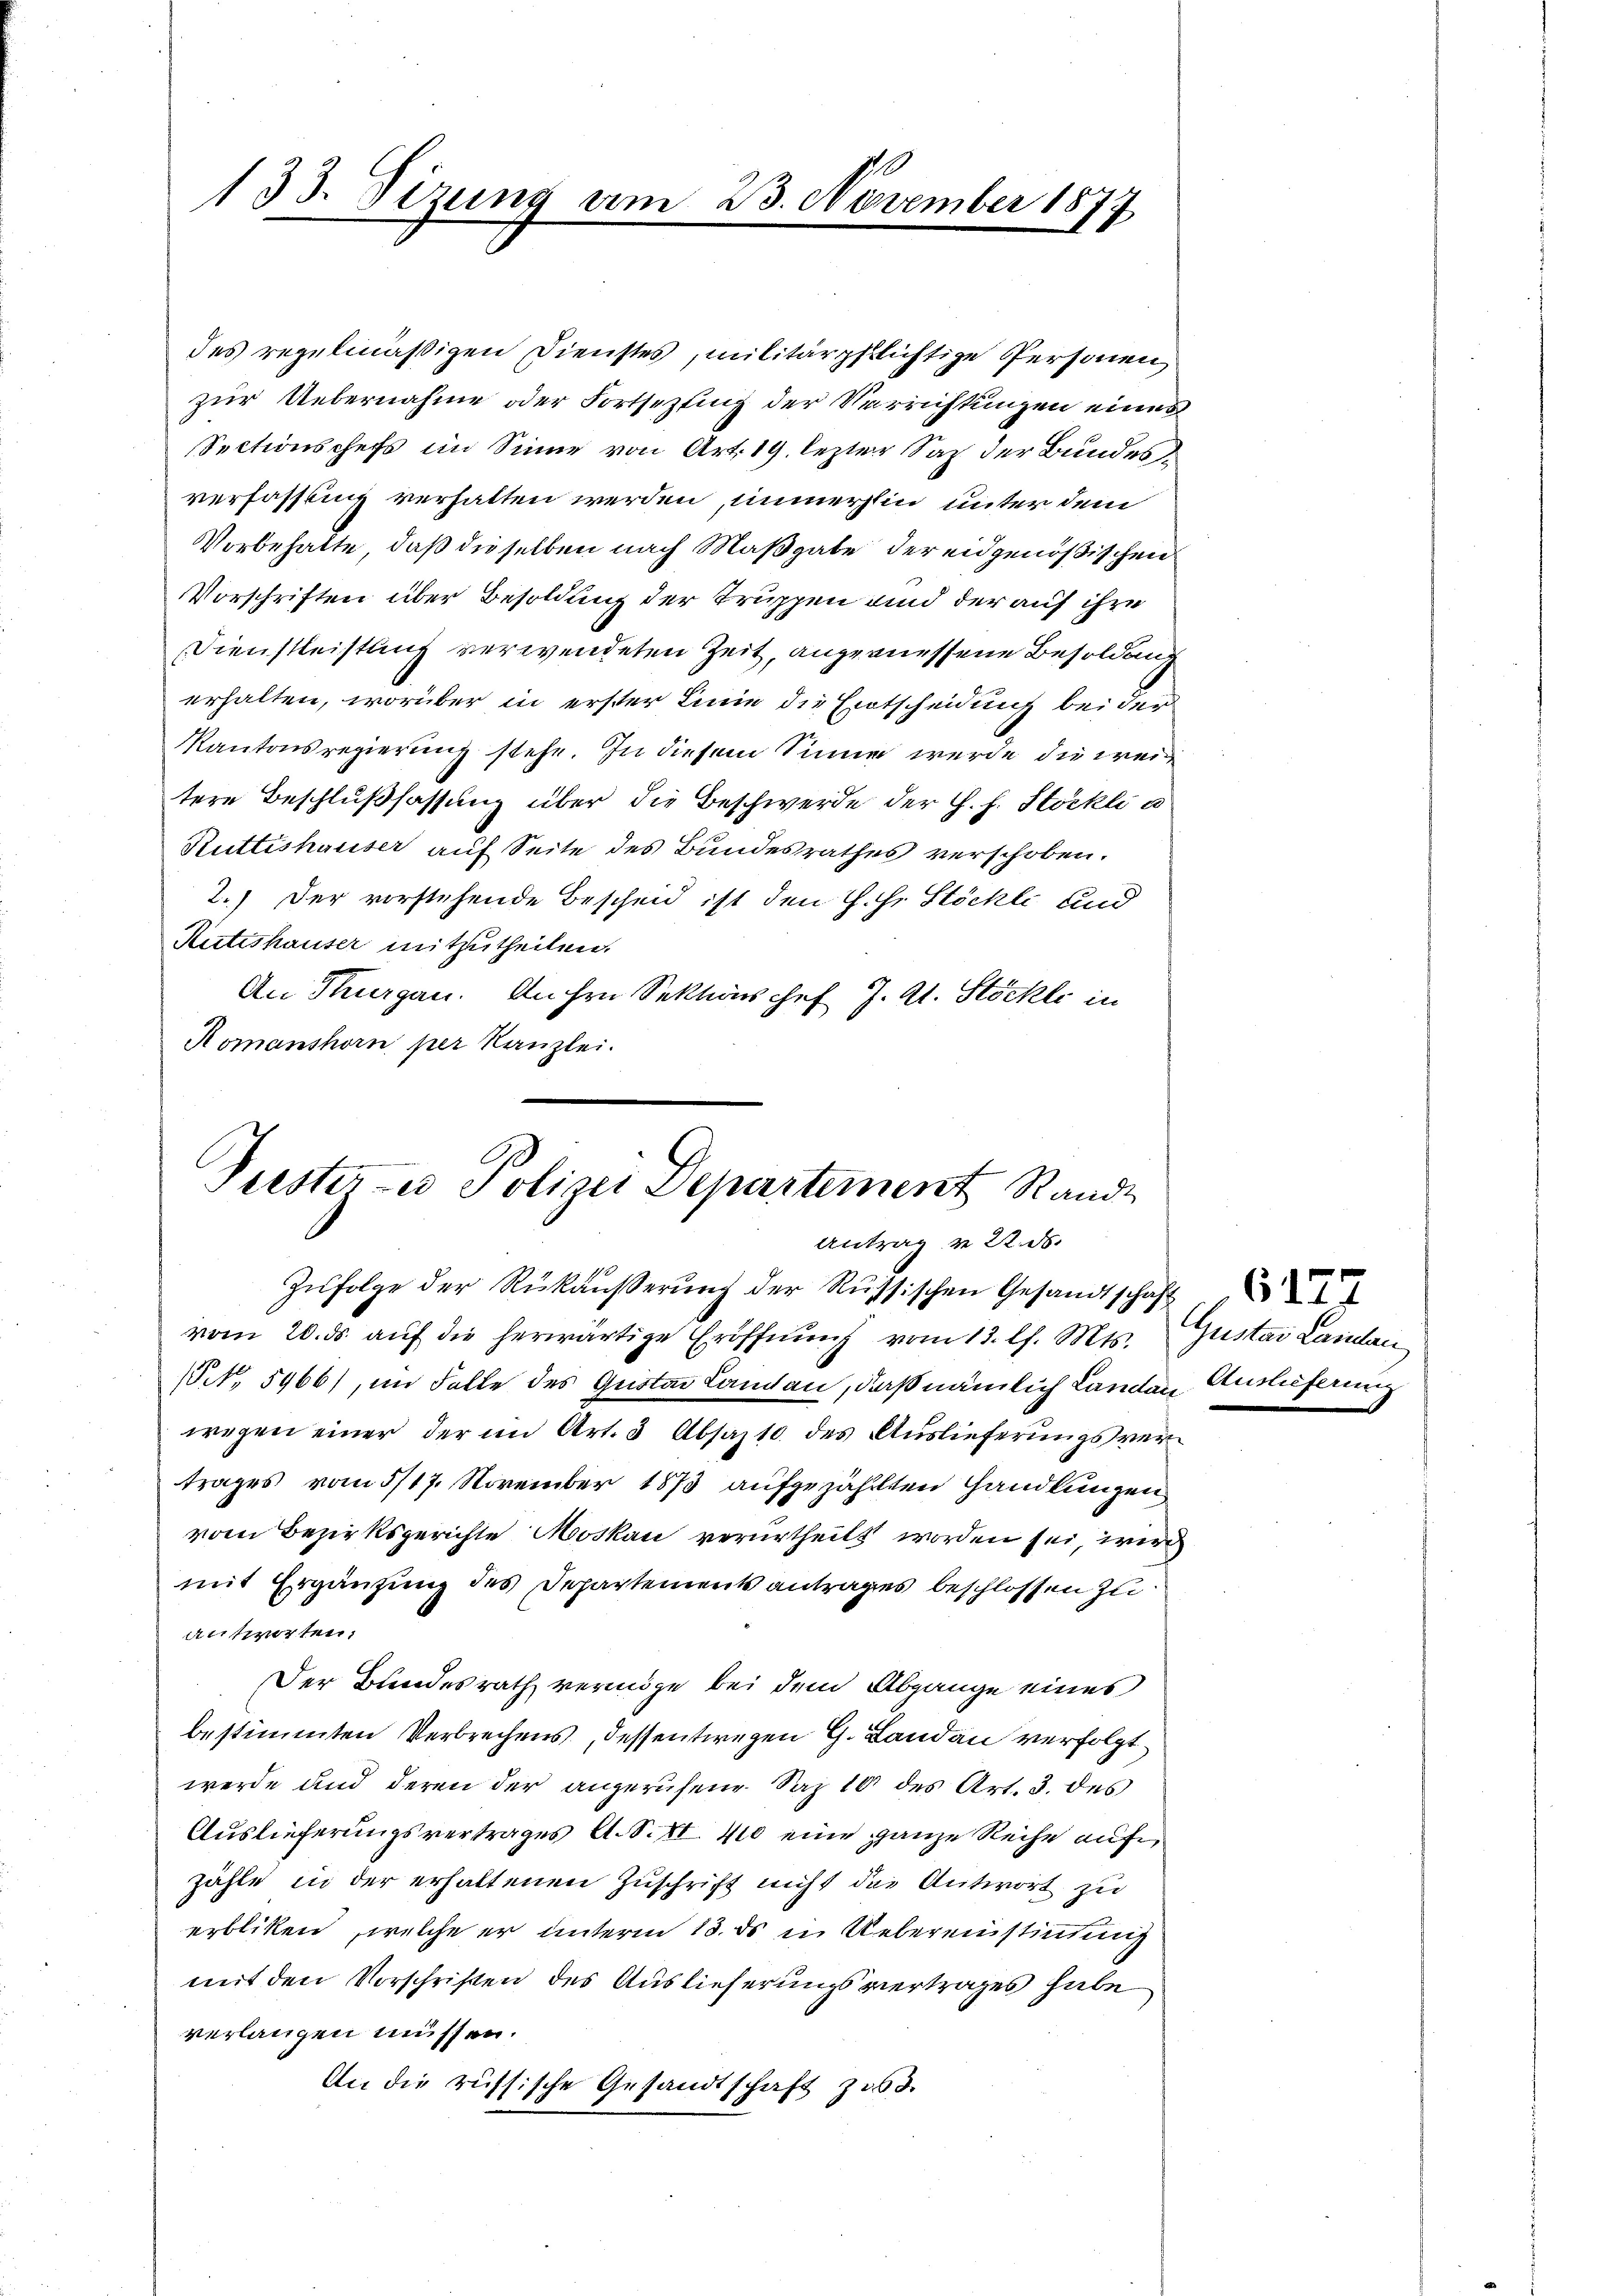
133. Sizung am 23. November 1877

des regelmäßigen Dienstes, militärpflichtige Personen,
zur Uebernahme oder Fortsetzting der Verrichtungen eines
Sectionschefs im Sinne von Art. 19. lezter Sax der Bundesverfassung verhalten werden, immerhin unter dem
Vorbehalte, daß dieselben nach Maßgabe der eidgenößischen
Vorschriften über Besoldung der Truppen und der auf ihre
Dienstleistung verwendeten Zeit, angemessene Besoldung
erhalten, worüber in erster Linie die Entscheidung bei der
Kantonsregierung stehe. In diesem Sinne werde die weitere Beschlußfassung über die Beschwerde der H. f. Stöckli a
Hütteshauser auf Seite des Bundesrathes verschoben.
2.) Der vorstehende Bescheid ist den H. Hr. Stöckli und
Rutishauser mitzutheilen.
An Thurgau. Anhen Sektions chef J. A. Stöckli in
Komanshorn per Kanzlei.

Puster- u Polizei Departement Rande
Antrag u. 22. ds.

Zŭfolge der Rükäŭβerŭng der Russischen Gesandtschaft
vom 20. ds. aŭf die herwärtige Eröffnŭng vom 13. l. Mts. Gustav Lailan
NNNo. 5966), im Falle des Gustav Laman, daß nämlich Landen Auslieferung
wegen einer der im Art. 3 Absaz 10 des Auslieferungsvertrages vom 5/17. November 1873 aufgezählten Handlungen
vom Bezirksgerichte Moskau verurtheilt worden sei, wir
mit Ergänzung des Departements antrages beschlossen zu
antworten.
Der Bundesrath vermöge bei dem Abgange eines
bestimmten Verbrechens, dessentwegen G. Landau verfolgt,
werde und deren der angerufend Saz 10 des Art. 3. des
Auslieferungsvertrages A. S. 410 eine ganze Reihe auf
zähle in der erhaltenen Zuschrift nicht das Antwort zu
erbliken, welche er unterm 13. ds in Uebereinstimmig
mit den Vorschriften des Auslieferungsvertrages habe
verlangen müssen.
An die russische Gesandtschaft zu.